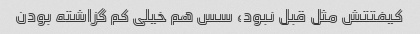
کیفتتش مثل قبل نبود، سس هم خیلی کم گزاشته بودن